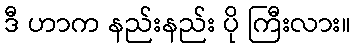
ဒီ ဟာက နည်းနည်း ပို ကြီးလား။